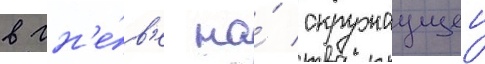
в гн'е́в'е на́ окружаущеи